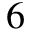
6